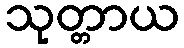
သုတ္တာယ